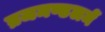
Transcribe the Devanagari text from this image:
व्रजमण्डलमें